Leprosy in India: report of the Leprosy Commission in India, 1890-91
Year: 1890
Disease focus: Leprosy
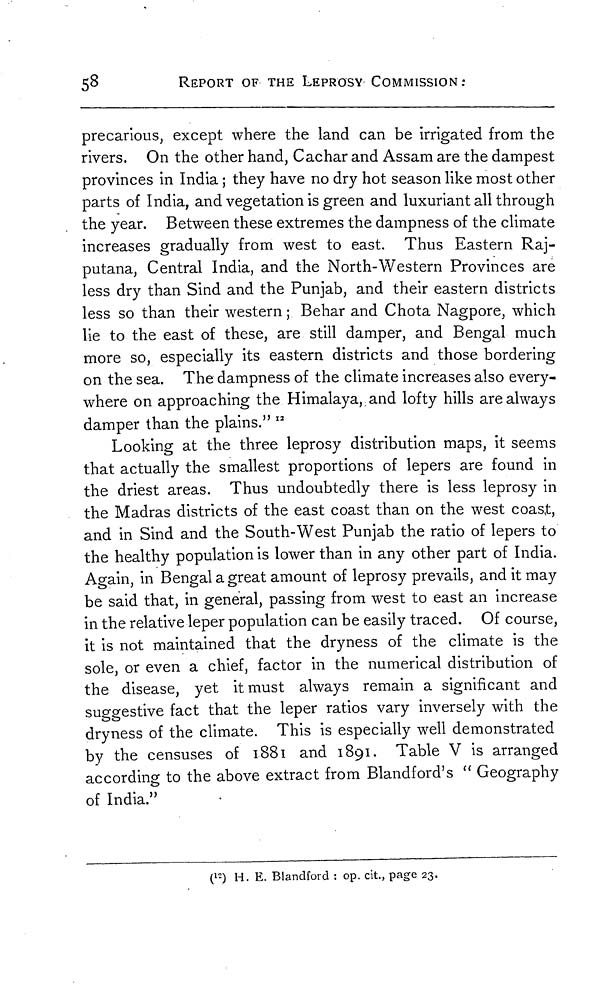
58
REPORT OF THE LEPROSY COMMISSION :
precarious, except where the land can be irrigated from the
rivers. On the other hand, Cachar and Assam are the dampest
provinces in India ; they have no dry hot season like most other
parts of India, and vegetation is green and luxuriant all through
the year. Between these extremes the dampness of the climate
increases gradually from west to east. Thus Eastern Raj-
putana, Central India, and the North-Western Provinces are
less dry than Sind and the Punjab, and their eastern districts
less so than their western ; Behar and Chota Nagpore, which
lie to the east of these, are still damper, and Bengal much
more so, especially its eastern districts and those bordering
on the sea. The dampness of the climate increases also every-
where on approaching the Himalaya, and lofty hills are always
damper than the plains." 12
Looking at the three leprosy distribution maps, it seems
that actually the smallest proportions of lepers are found in
the driest areas. Thus undoubtedly there is less leprosy in
the Madras districts of the east coast than on the west coast,
and in Sind and the South-West Punjab the ratio of lepers to
the healthy population is lower than in any other part of India.
Again, in Bengal a great amount of leprosy prevails, and it may
be said that, in general, passing from west to east an increase
in the relative leper population can be easily traced. Of course,
it is not maintained that the dryness of the climate is the
sole, or even a chief, factor in the numerical distribution of
the disease, yet it must always remain a significant and
suggestive fact that the leper ratios vary inversely with the
dryness of the climate. This is especially well demonstrated
by the censuses of 1881 and 1891. Table V is arranged
according to the above extract from Blandford's " Geography
of India."
( 12 ) H. E. Blandford : op. cit., page 23.